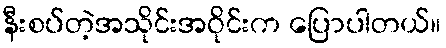
နီးစပ်တဲ့အသိုင်းအဝိုင်းက ပြောပါတယ်။